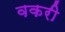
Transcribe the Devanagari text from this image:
वकरी